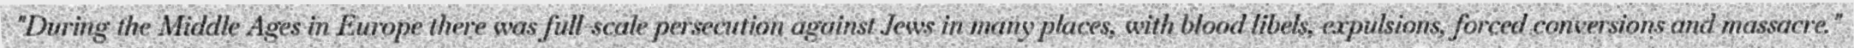
"During the Middle Ages in Europe there was full-scale persecution against Jews in many places, with blood libels, expulsions, forced conversions and massacre."